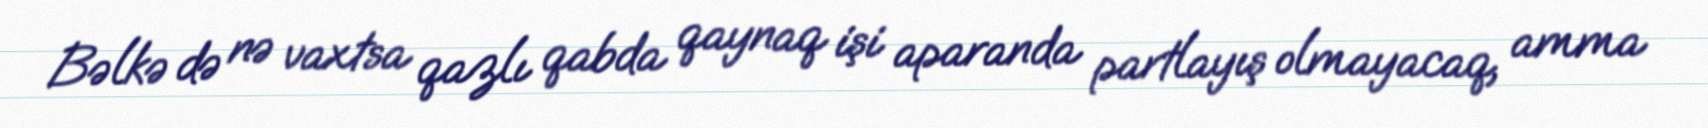
Bəlkə də nə vaxtsa qazlı qabda qaynaq işi aparanda partlayış olmayacaq, amma